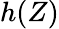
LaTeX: h(Z)